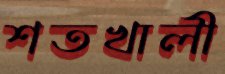
শতখালী